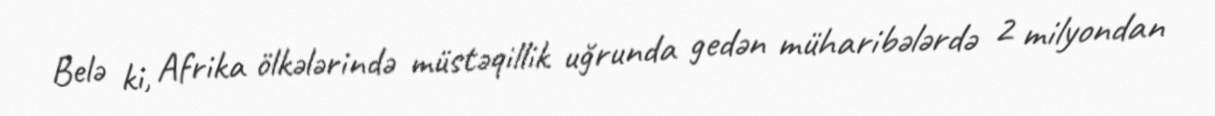
Belə ki, Afrika ölkələrində müstəqillik uğrunda gedən müharibələrdə 2 milyondan